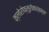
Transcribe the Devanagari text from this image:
क्लोरोफ्लुरोकार्बन्स